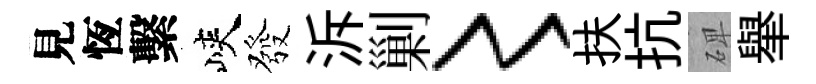
見恆繫峽發泝剿〻扶抗𥓓𦦙